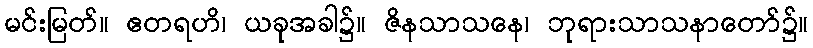
မင်းမြတ်။ ဧတရဟိ၊ ယခုအခါ၌။ ဇိနသာသနေ၊ ဘုရားသာသနာတော်၌။